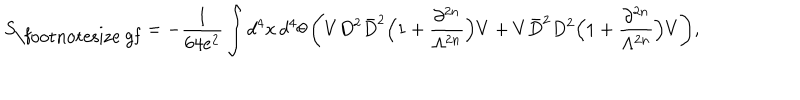
LaTeX: S _ { \mathrm { \footnotesize ~ g f } } = - \frac { 1 } { 6 4 e ^ { 2 } } \int d ^ { 4 } x \, d ^ { 4 } \theta \, \Bigg ( V D ^ { 2 } \bar { D } ^ { 2 } \Big ( 1 + \frac { \partial ^ { 2 n } } { \Lambda ^ { 2 n } } \Big ) V + V \bar { D } ^ { 2 } D ^ { 2 } \Big ( 1 + \frac { \partial ^ { 2 n } } { \Lambda ^ { 2 n } } \Big ) V \Bigg ) ,